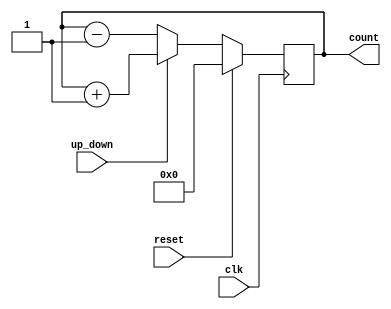
`timescale 1ns / 1ps
module up (input clk, reset,up_down, output reg [3:0]count);
  
  always@(posedge clk) begin
    if(reset) count = 0;
    else if(up_down)
    count <= count +1;
    else
    count <= count -1;
    end
    endmodule